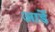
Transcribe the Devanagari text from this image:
आर्डे